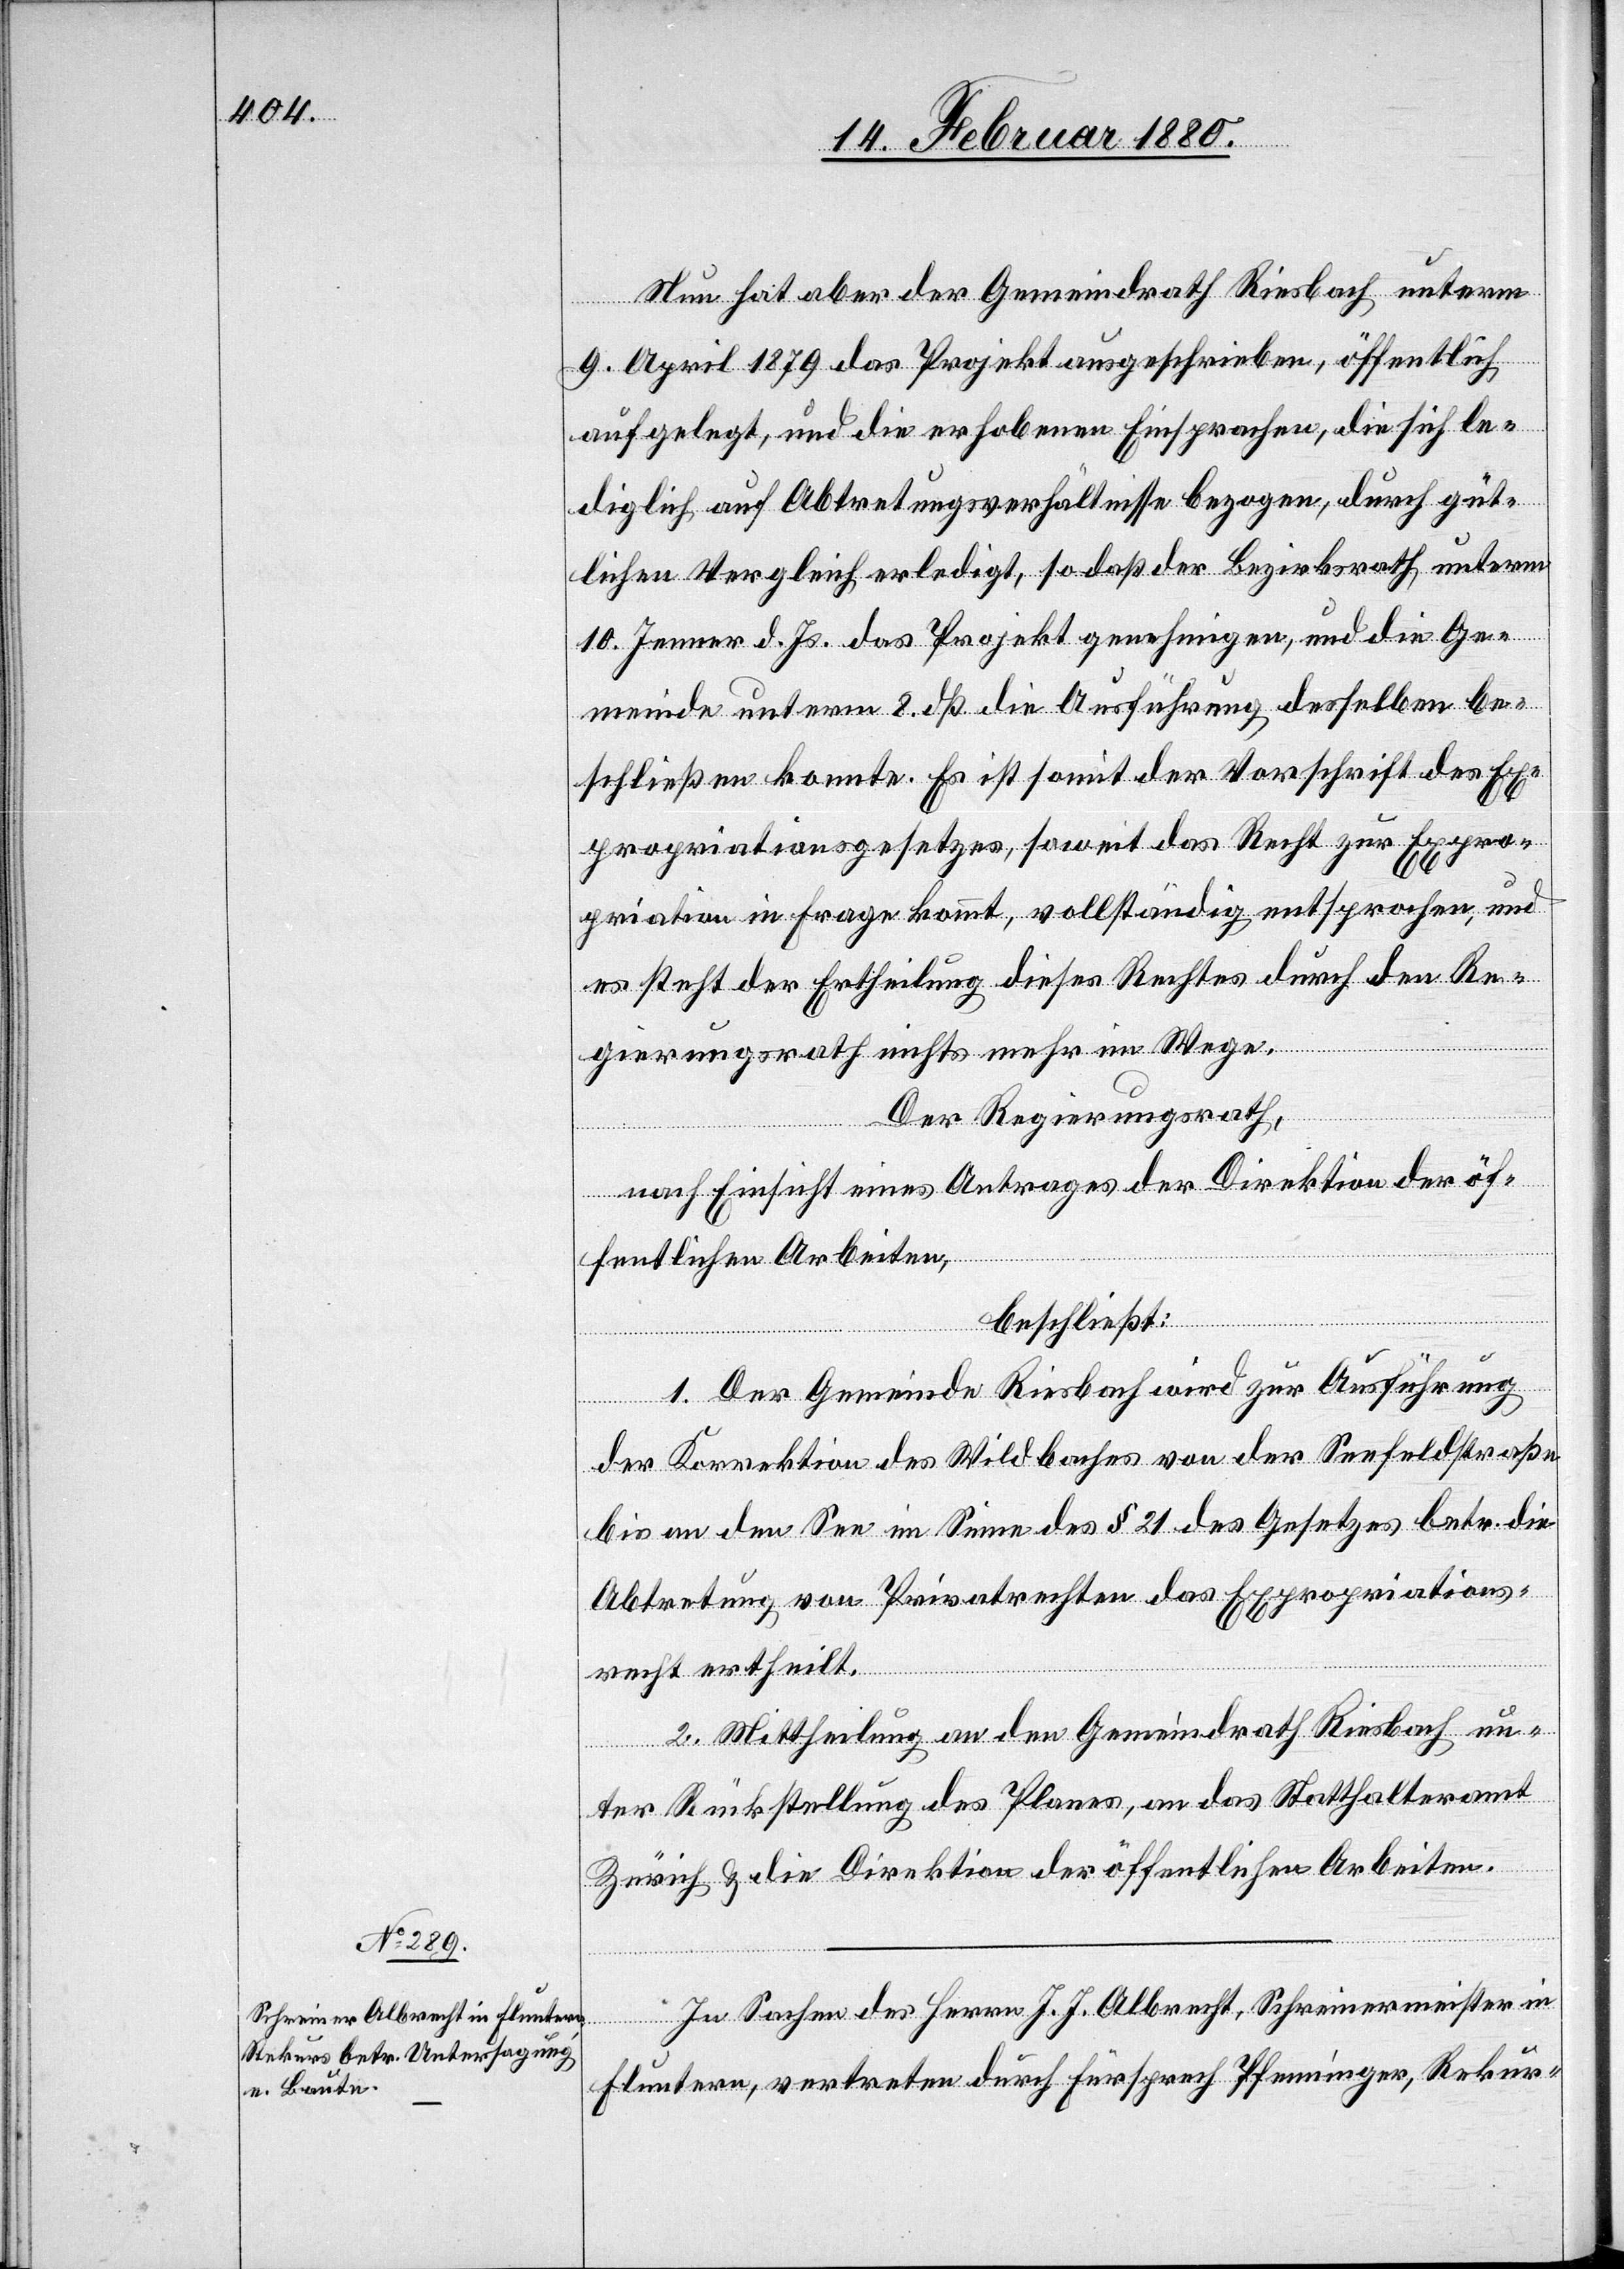
Nun hat der Gemeindrath Riesbach unterm
9. April 1879 das Projekt ausgeschrieben, öffentlich
aufgelegt, und die erhobenen Einsprachen, die sich le¬
diglich auf Abtretungsverhältnisse bezogen, durch güt¬
lichen Vergleich erledigt, so daß der Bezirksrath, unterm
10. Jenner d. Js. das Projekt genehmigen, und die Ge¬
meinde unterm 8. dß. die Ausführung desselben be¬
schließen konnte. Es ist somit der Vorschrift des Ex¬
propriationsgesetzes, soweit das Recht zu Expro¬
priation in Frage kommt, vollständig entsprochen, und
es steht der Ertheilung dieses Rechtes durch den Re¬
gierungsrath nichts mehr im Wege.
Der Regierungsrath,
nach Einsicht eines Antrages der Direktion der öf¬
fentlichen Arbeiten,
beschließ:
1. Der Gemeinde Riesbach wird zur Ausführung
der Korrektion des Wildbaches von der Seefeldstraße
bis an den See im Sinne des § 21 des Gesetzes betr. die
Abtretung von Privatrechten das Expropriations¬
recht ertheilt.
2. Mittheilung an den Gemeindrath Riesbach un¬
ter Rückstellung des Planes, an das Statthalteramt
Zürich & die Direktion der öffentlichen Arbeiten.
In Sachen des Herrn J. J. Albrecht, Schreinermeister in
Fluntern, vertreten durch Fürsprech Pfenninger, Rekur-